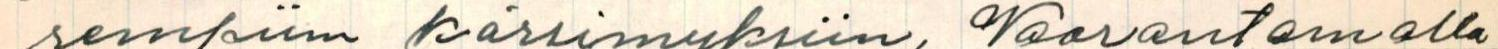
rempiin kärsimyksiin. Vaarantamalla